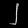
Digit: ၂